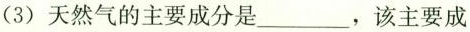
(3) 天然气的主要成分是___，该主要成